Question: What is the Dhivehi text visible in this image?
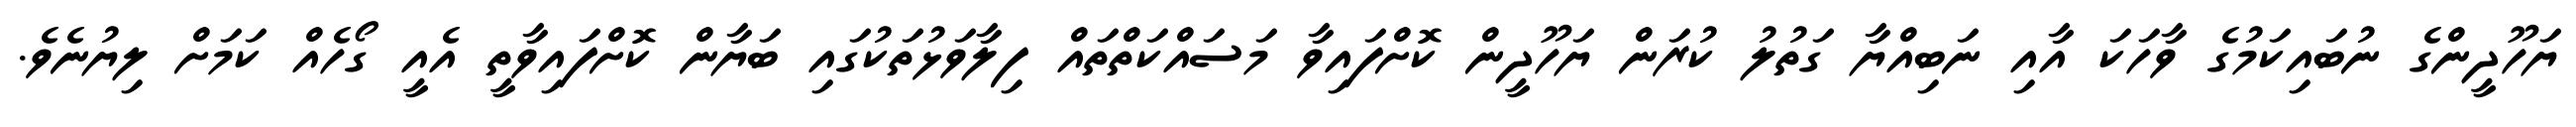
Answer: ޔަހޫދީންގެ ނުބައިކަމުގެ ވާހަކަ އާއި ނަބިއްޔާ ގަތުލު ކުރަން ޔަހޫދީން ކޮށްފައިވާ މަސައްކަތްތައް ފިލާވަޅުތަކުގައި ބަޔާން ކޮށްފައިވާތީ އެއީ ގޯހެއް ކަމަށް ލިޔުނެވެ.